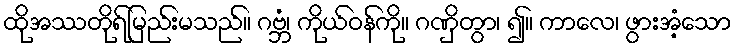
ထိုအဿတိုရ်မြည်းမသည်။ ဂဗ္ဘံ၊ ကိုယ်ဝန်ကို။ ဂဏှိတွာ၊ ၍။ ကာလေ၊ ဖွားအံ့သော